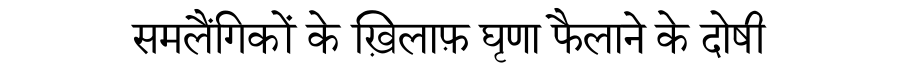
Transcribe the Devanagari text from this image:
समलैंगिकों के ख़िलाफ़ घृणा फैलाने के दोषी